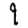
Digit: 9